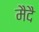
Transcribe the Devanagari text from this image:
मैदै